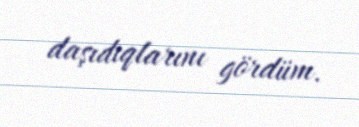
daşıdıqlarını gördüm.